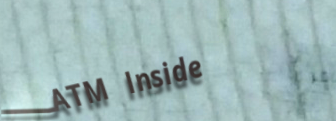
ATM Inside